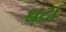
ઘટા